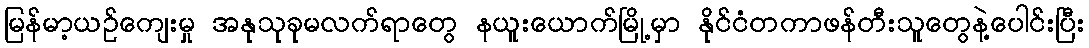
မြန်မာ့ယဉ်ကျေးမှု အနုသုခုမလက်ရာတွေ နယူးယောက်မြို့မှာ နိုင်ငံတကာဖန်တီးသူတွေနဲ့ပေါင်းပြီး